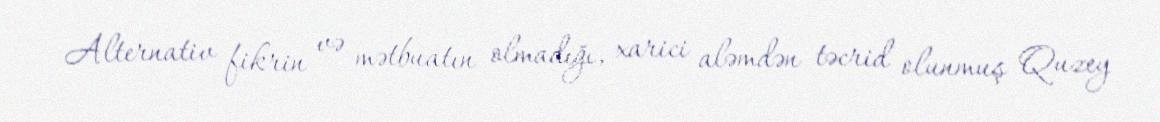
Alternativ fikrin və mətbuatın olmadığı, xarici aləmdən təcrid olunmuş Quzey